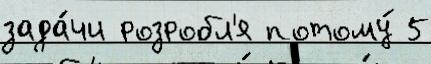
зада́чи розробл'я потому́ 5